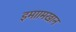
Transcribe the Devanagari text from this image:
इमाामखान